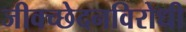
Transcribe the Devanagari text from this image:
जीवच्छेदनविरोधी